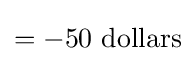
=-50{\text{ dollars}}